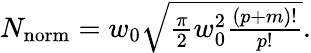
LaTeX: \begin{array}{r}{N_{\mathrm{norm}}=w_{0}\sqrt{\frac{\pi}{2}w_{0}^{2}\frac{(p+m)!}{p!}}.}\end{array}